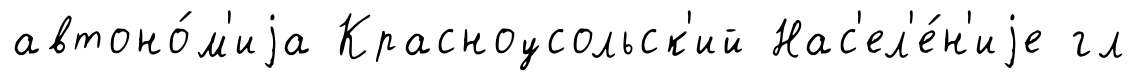
автоно́м'иjа Красноусольск'ий Нас'ел'е́н'иjе гл